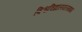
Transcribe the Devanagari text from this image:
विश्वविद्यालयलगभग